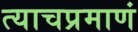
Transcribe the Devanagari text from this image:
त्याचप्रमाणं